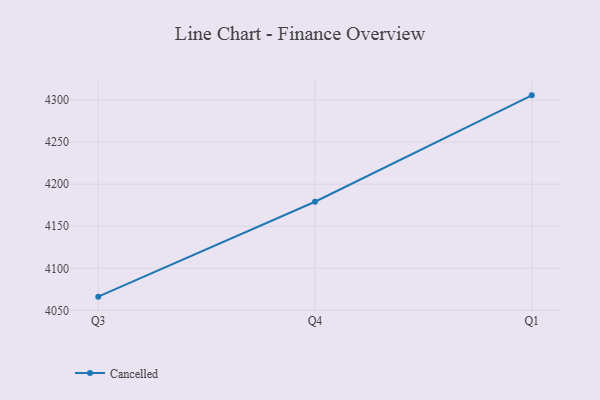
{"axis": {"x": "Quarter", "y": "Revenue (USD Million)"}, "legend": ["Cancelled"], "data": [{"x": "Q3", "y": 4066.3, "type": "Cancelled"}, {"x": "Q4", "y": 4179.1, "type": "Cancelled"}, {"x": "Q1", "y": 4305.6, "type": "Cancelled"}]}